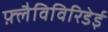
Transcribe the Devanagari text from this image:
फ़्लैविविरिडेई